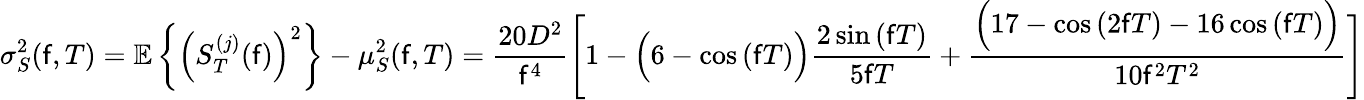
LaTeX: \sigma_{S}^{2}(\mathsf{f},T)=\mathbb{{E}}\left\{ \left(S_{T}^{(j)}(\mathsf{f})\right)^{2}\right\} -\mu_{S}^{2}(\mathsf{f},T)={\frac{{20D^{2}}}{{\mathsf{f}^{4}}}}{\Bigg[}1-{\Big(}6-\cos\left(\mathsf{f}T\right){\Big)}{\frac{{2\sin\left(\mathsf{f}T\right)}}{{5\mathsf{f}T}}}+{\frac{{{\Big(}17-\cos\left(2\mathsf{f}T\right)-16\cos\left(\mathsf{f}T\right){\Big)}}}{{10\mathsf{f}^{2}T^{2}}}}{\Bigg]}